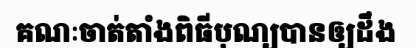
គណៈចាត់តាំងពិធីបុណ្យបានឲ្យដឹង